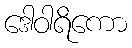
ဒေါဝါရိကော